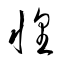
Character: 惶